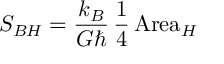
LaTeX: S _ { B H } = \frac { k _ { B } } { G \hbar } \, \frac { 1 } { 4 } \, \mathrm { A r e a } _ { H }